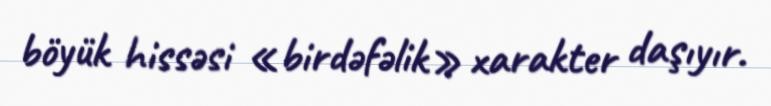
böyük hissəsi «birdəfəlik» xarakter daşıyır.